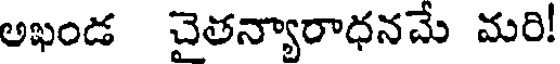
అఖండ చైతన్యారాధనమే మరి!